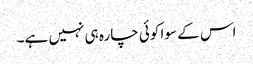
اس کے سوا کوئی چارہ ہی نہیں ہے۔